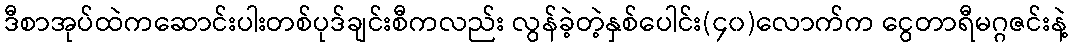
ဒီစာအုပ်ထဲကဆောင်းပါးတစ်ပုဒ်ချင်းစီကလည်း လွန်ခဲ့တဲ့နှစ်ပေါင်း(၄၀)လောက်က ငွေတာရီမဂ္ဂဇင်းနဲ့